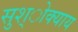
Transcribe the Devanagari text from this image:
सुश्ोक्याय